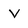
Character: V